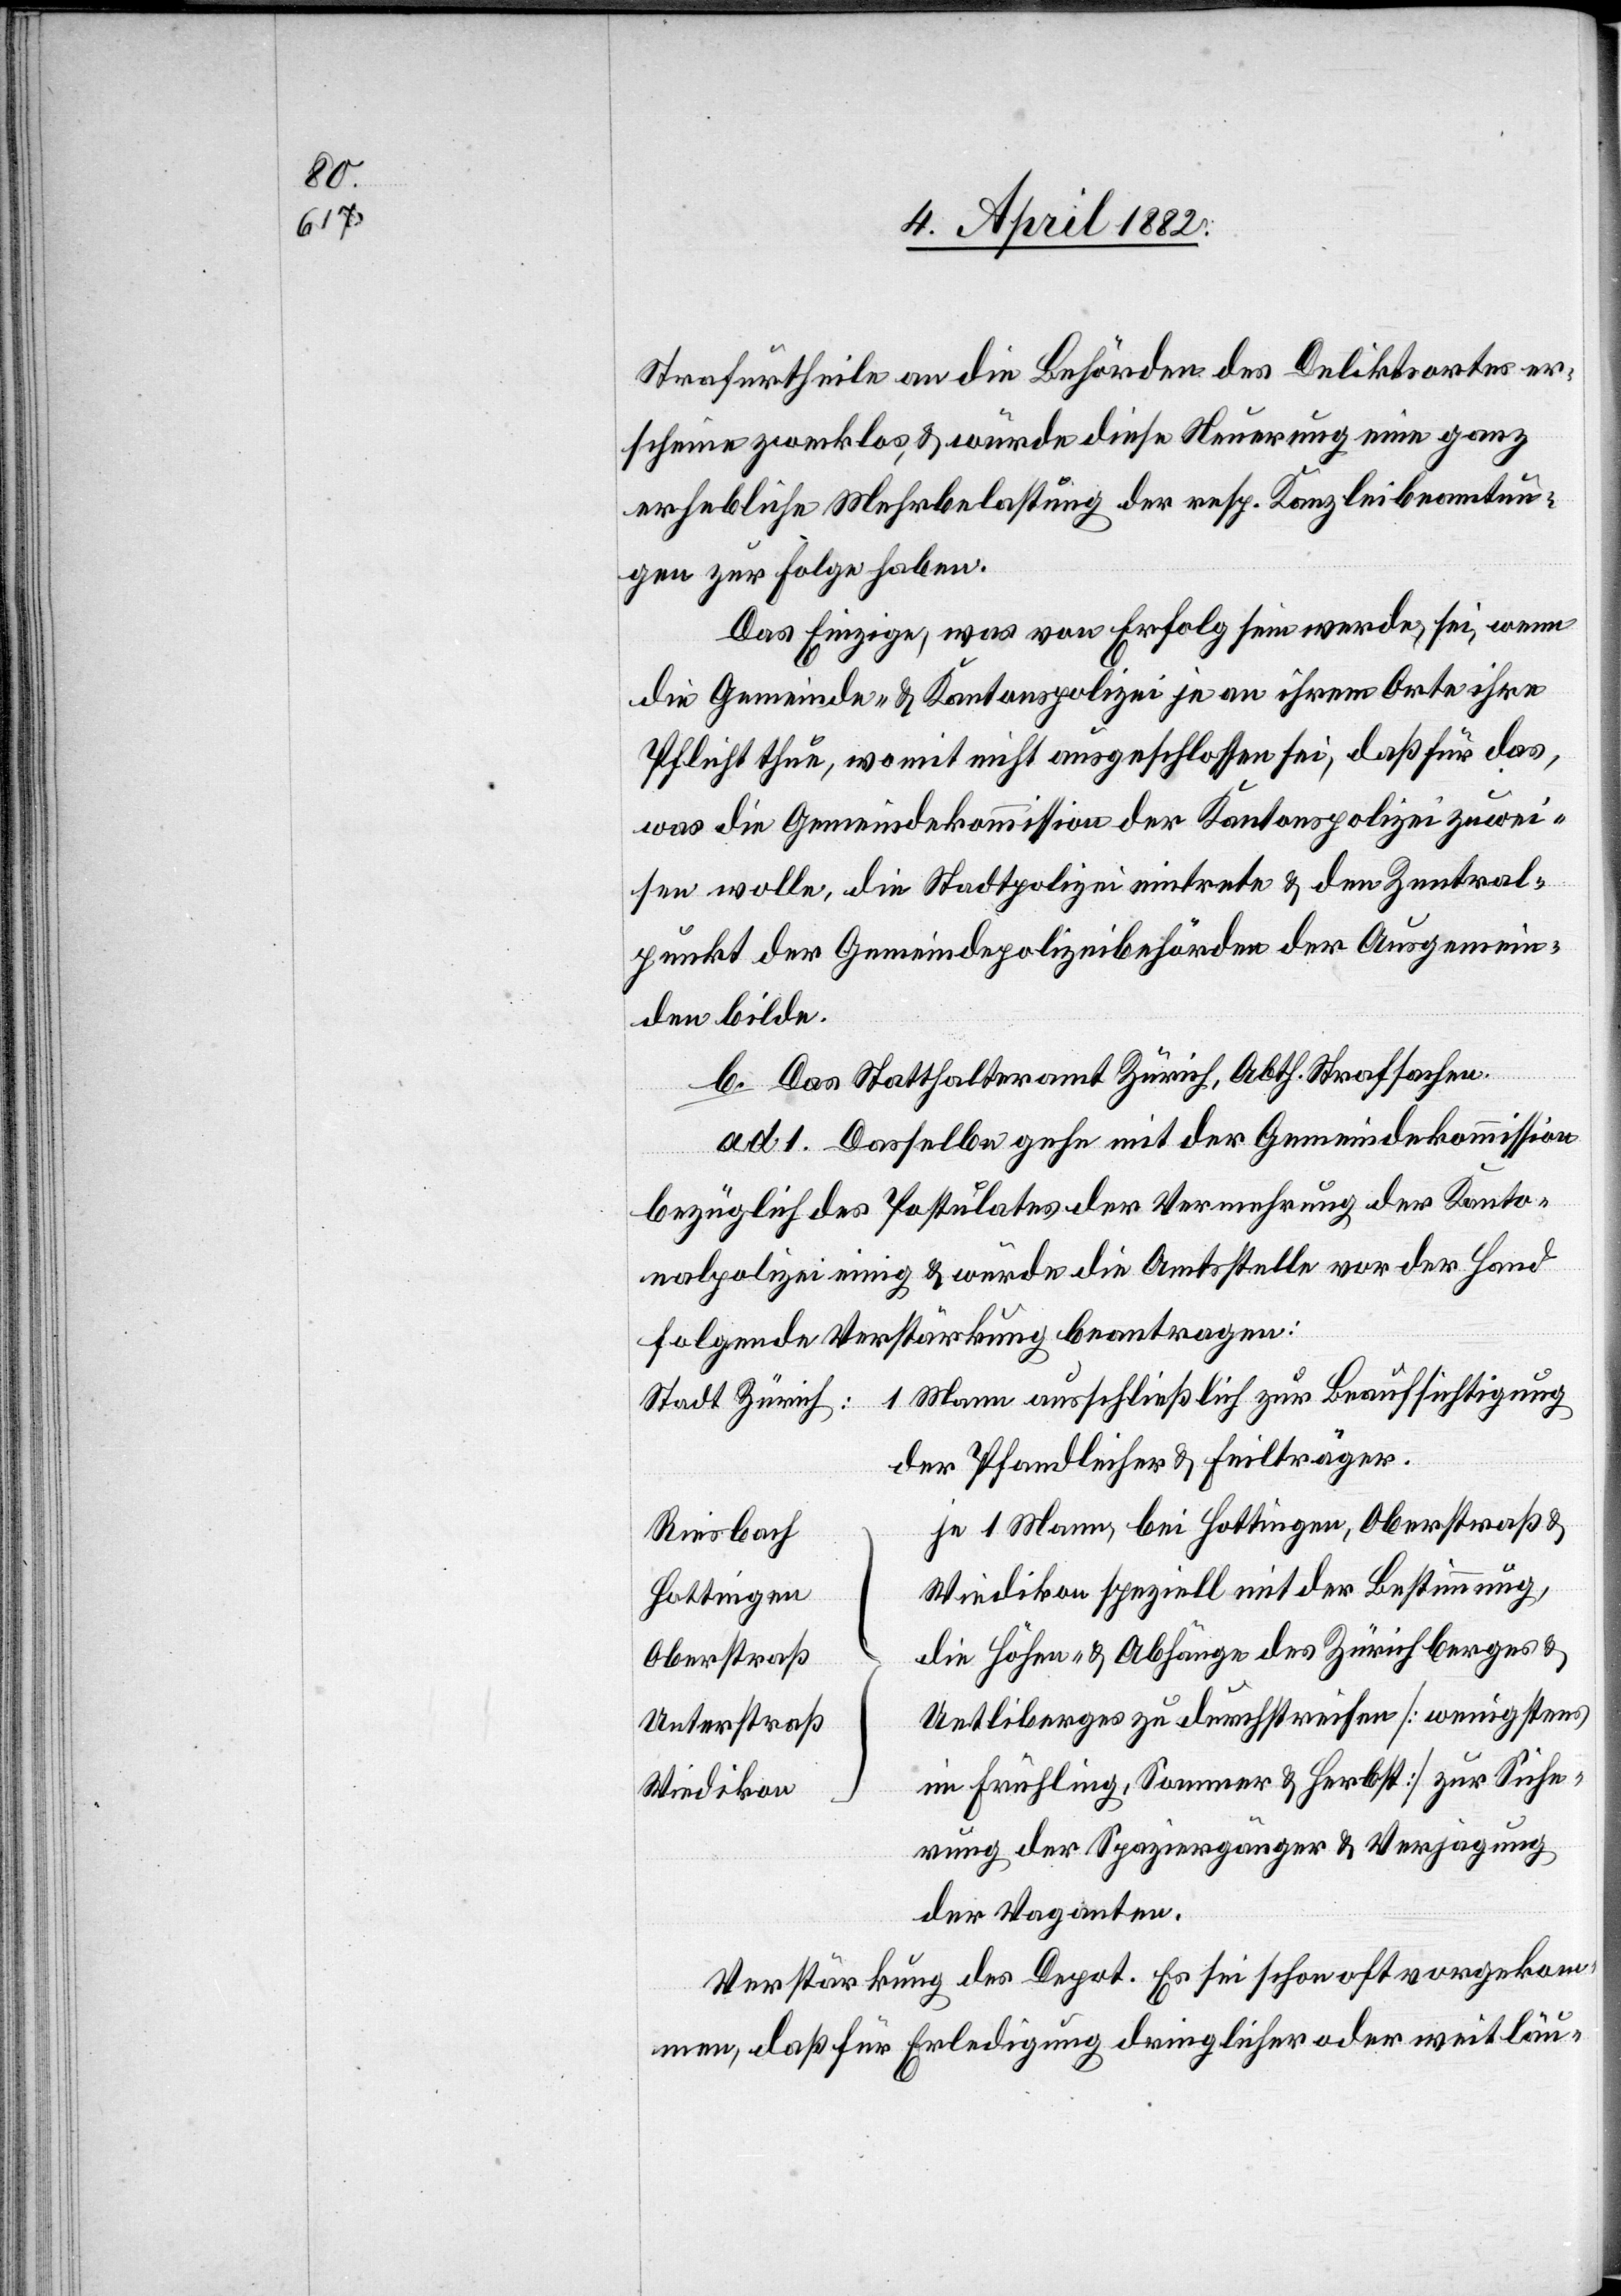
Strafurtheile an die Behörden des Deliktsortes er¬
scheine zwecklos, & würde diese Neuerung eine ganz
erhebliche Mehrbelastung der resp. Kanzleibeamtun¬
gen zur Folge haben.
Das Einzige, was von Erfolg sein werde, sei, wenn
die Gemeinde- & Kantonspolizei je an ihrem Orte ihre
Pflicht thue, womit nicht ausgeschlossen sei, daß für das,
was die Gemeindekommission der Kantonspolizei zuwei¬
sen wolle, die Stadtpolizei eintrete & den Zentral¬
punkt der Gemeindepolizeibehörden der Ausgemein¬
den bilde.
b. Das Statthalteramt Zürich, Abth. Strafsachen.
ad 1. Dasselbe gehe mit der Gemeindekommission
bezüglich des Postulates der Vermehrung der Kanto¬
nalpolizei einig & würde die Amtsstelle vor der Hand
folgende Verstärkung beantragen:
1 Mann ausschließlich zur Beaufsichtigung
Stadt Zürich:
der Pfandleiher & Feilträger.
je 1 Mann, bei Hottingen, Oberstraß &
Riesbach
Wiedikon speziell mit der Bestimmung,
Hottingen
die Höhen- & Abhänge des Zürichberges &
Oberstraß
Uetliberges zu durchstreifen [wenigstens
Unterstraß
im Frühling, Sommer & Herbst] zur Siche¬
Wiedikon
rung der Spaziergänger & Verjagung
der Vaganten.
Verstärkung des Depot. Es sei schon oft vorgekom¬
men, daß für Erledigung dringlicher oder weitläu-